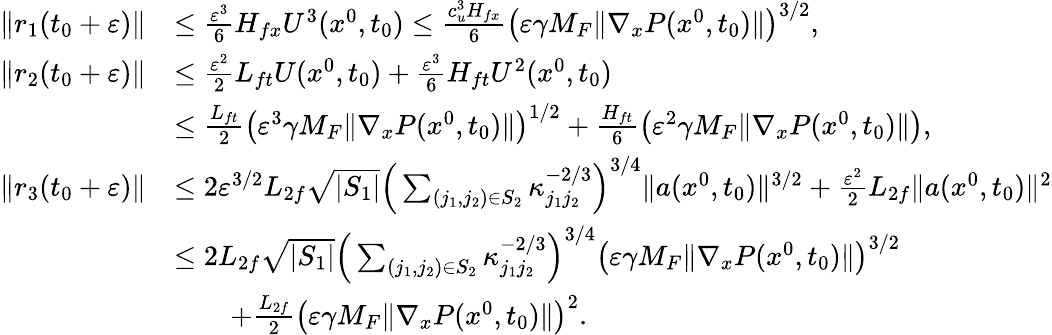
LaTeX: \begin{array}{rl}{\| r_{1}(t_{0}+\varepsilon)\| }&{\le\frac{\varepsilon^{3}}{6}H_{fx}U^{3}(x^{0},t_{0})\le\frac{c_{u}^{3}H_{fx}}{6}\big(\varepsilon\gamma{M_{F}}\| \nabla_{x}P(x^{0},t_{0})\| \big)^{3/2},}\\ {\| r_{2}(t_{0}+\varepsilon)\| }&{\le\frac{\varepsilon^{2}}{2}L_{ft}U(x^{0},t_{0})+\frac{\varepsilon^{3}}{6}H_{ft}U^{2}(x^{0},t_{0})}\\ &{\le\frac{L_{ft}}{2}\big(\varepsilon^{3}\gamma{M_{F}}\| \nabla_{x}P(x^{0},t_{0})\| \big)^{1/2}+\frac{H_{ft}}{6}\big(\varepsilon^{2}\gamma{M_{F}}\| \nabla_{x}P(x^{0},t_{0})\| \big),}\\ {\| r_{3}(t_{0}+\varepsilon)\| }&{\le 2\varepsilon^{3/2}L_{2f}\sqrt{|S_{1}|}\Big(\sum_{(j_{1},j_{2})\in S_{2}}\kappa_{j_{1}j_{2}}^{-2/3}\Big)^{3/4}\| a(x^{0},t_{0})\| ^{3/2}+\frac{\varepsilon^{2}}{2}L_{2f}\| a(x^{0},t_{0})\| ^{2}}\\ &{\le 2L_{2f}\sqrt{|S_{1}|}\Big(\sum_{(j_{1},j_{2})\in S_{2}}\kappa_{j_{1}j_{2}}^{-2/3}\Big)^{3/4}\big(\varepsilon\gamma{M_{F}}\| \nabla_{x}P(x^{0},t_{0})\| \big)^{3/2}}\\ &{\qquad+\frac{L_{2f}}{2}\big(\varepsilon\gamma{M_{F}}\| \nabla_{x}P(x^{0},t_{0})\| \big)^{2}.}\end{array}